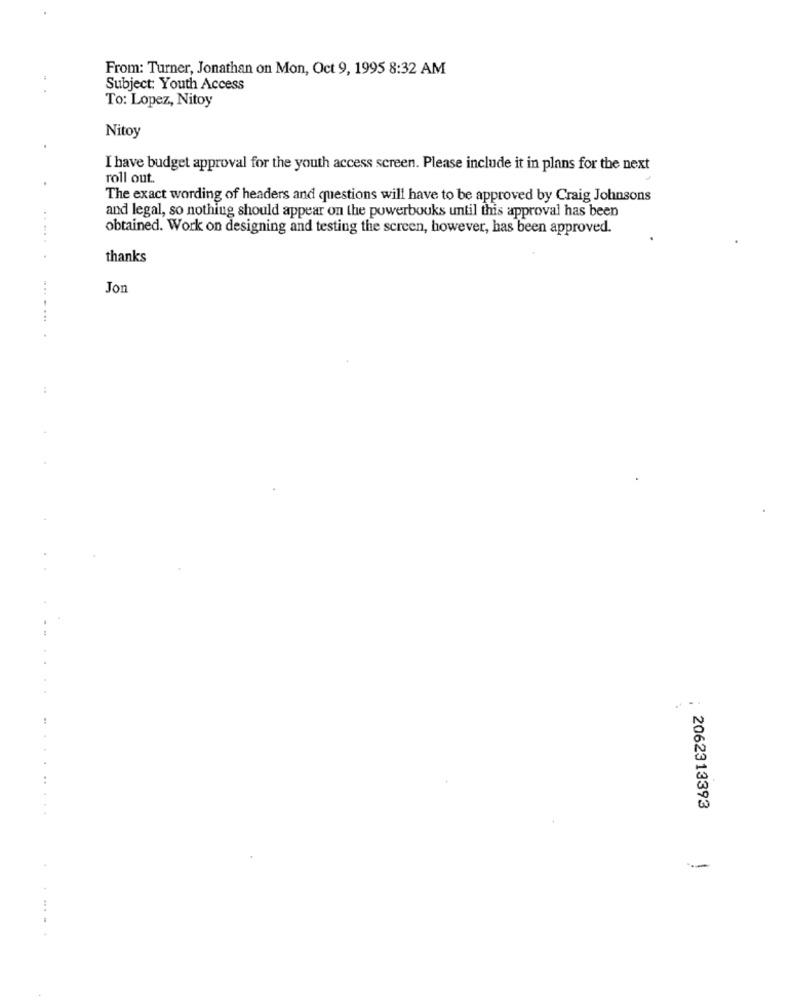
From: Turner, Jonathan on Mon, Oct 9, 1995 8:32 AM
Subject: Youth Access
To: Lopez, Nitoy
Nitoy
I have budget approval for the youth access screen. Please include it in plans for the next
roll out.
The exact wording of headers and questions will have to be approved by Craig Johnsons
and legal, so nothing should appear on the powerbooks until this approval has been
obtained. Work on designing and testing the screen, however, has been approved.
.. ... .
thanks
Jon
...
. ..
2062313393
....